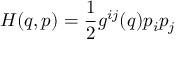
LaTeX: H ( q , p ) = { \frac { 1 } { 2 } } g ^ { i j } ( q ) p _ { i } p _ { j }